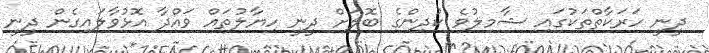
ދީނީ ހަރަކާތްތަކުގައި ޝާމިލުވެ ކުދިންގެ ބޮލަށް ދީނީ ހިޔާލުތައް ވައްދާ އޮޅުވާލައިގެން ދީނީ